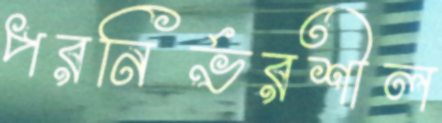
পরনির্ভরশীল